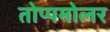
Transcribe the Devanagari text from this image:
तोप्पमोलर